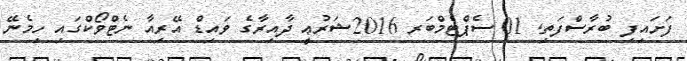
ފަށައިފި ބުރާސްފަތި